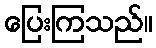
ပြေးကြသည်။